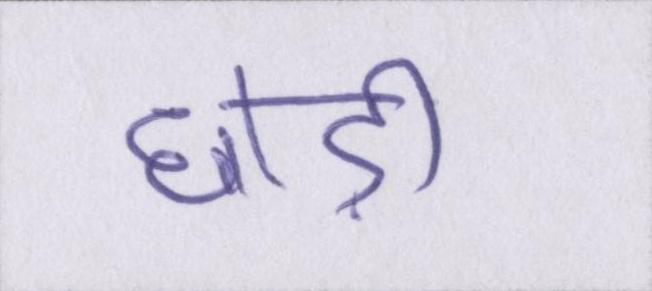
छोड़ी